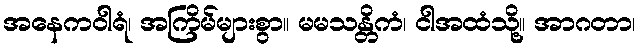
အနေကဝါရံ၊ အကြိမ်များစွာ။ မမသန္တိကံ၊ ငါအထံသို့။ အာဂတာ၊